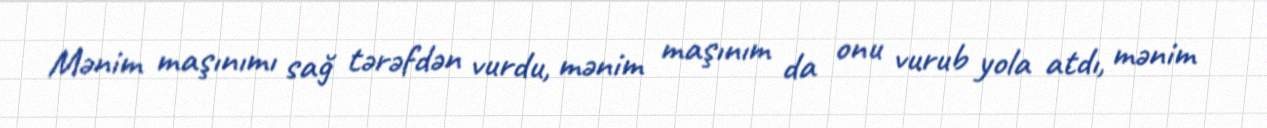
Mənim maşınımı sağ tərəfdən vurdu, mənim maşınım da onu vurub yola atdı, mənim